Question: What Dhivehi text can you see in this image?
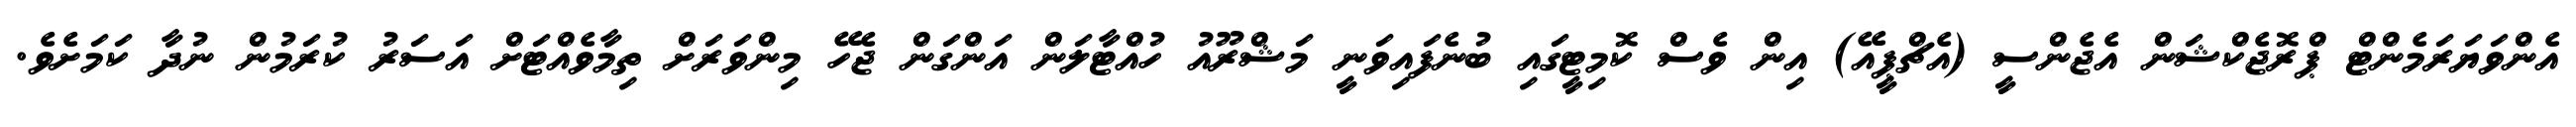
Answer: އެންވަޔަރަމެންޓް ޕްރޮޖެކްޝަން އެޖެންސީ (އެޗްޕީއޭ) އިން ވެސް ކޮމިޓީގައި ބުނެފައިވަނީ މަޝްރޫއު ހުއްޓާލަން އަންގަން ޖެހޭ މިންވަރަށް ތިމާވެއްޓަށް އަސަރު ކުރަމުން ނުދާ ކަމަށެވެ.